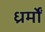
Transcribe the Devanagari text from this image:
ध्रर्मों